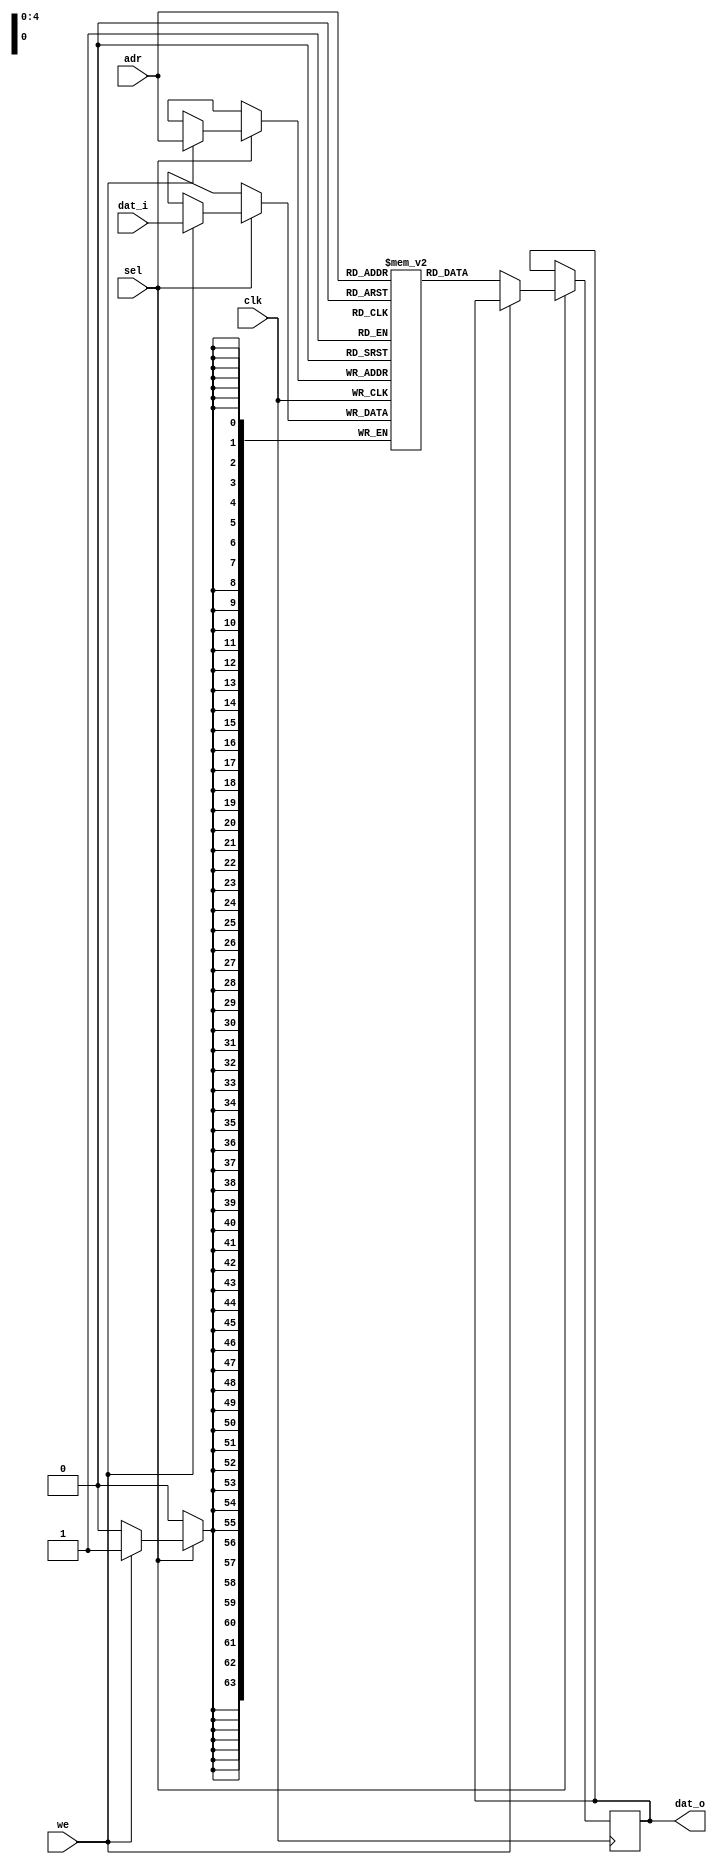
module ram2 (input clk,
             input             sel,
             input             we, 
             input [SIZE-1:0]  adr, 
             input [63:0]      dat_i, 
             output reg [63:0] dat_o);
   parameter  SIZE = 5; // Address size

   reg [63:0] mem [0:(1 << SIZE)-1];
   integer    i;

   initial begin
      for (i = 0; i < (1<<SIZE) - 1; i = i + 1)
        mem[i] <= 0;
   end
   
   always @(posedge clk)
     if (sel) begin
       if (~we)
         dat_o <= mem[adr];
       else
         mem[adr] <= dat_i;
     end
endmodule